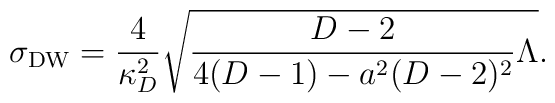
\sigma_{\rm DW}={4\over{\kappa^2_D}}\sqrt{{{D-2}\over{4(D-1)-a^2(D-2)^2}}\Lambda}.